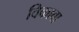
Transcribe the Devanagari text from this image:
विकावा